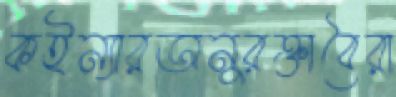
কইন্যারঅনুরক্তাবৈরা